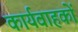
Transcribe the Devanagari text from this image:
कार्यवाहकों